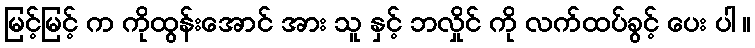
မြင့်မြင့် က ကိုထွန်းအောင် အား သူ နှင့် ဘလှိုင် ကို လက်ထပ်ခွင့် ပေး ပါ ။